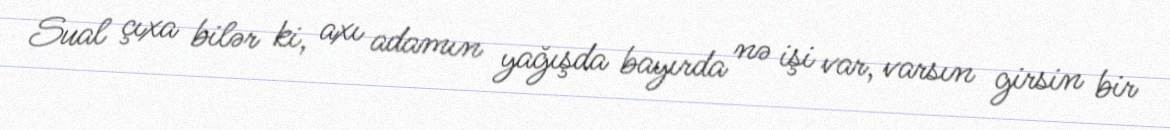
Sual çıxa bilər ki, axı adamın yağışda bayırda nə işi var, varsın girsin bir